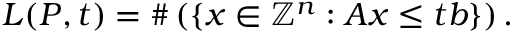
L ( P , t ) = \# \left( \left\{ x \in \mathbb { Z } ^ { n } : A x \leq t b \right\} \right) .